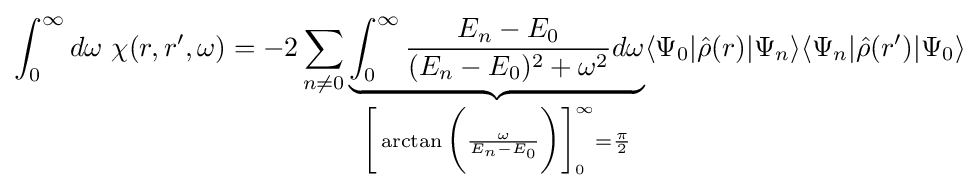
\int _{0}^{\infty }d\omega \ \chi (r,r',\omega )=-2\sum _{n\neq 0}\underbrace {\int _{0}^{\infty }{\frac {E_{n}-E_{0}}{(E_{n}-E_{0})^{2}+\omega ^{2}}}d\omega } _{{\bigg [}\arctan {\bigg (}{\frac {\omega }{E_{n}-E_{0}}}{\bigg )}{\bigg ]}_{0}^{\infty }={\frac {\pi }{2}}}\langle \Psi _{0}|{\hat {\rho }}(r)|\Psi _{n}\rangle \langle \Psi _{n}|{\hat {\rho }}(r')|\Psi _{0}\rangle